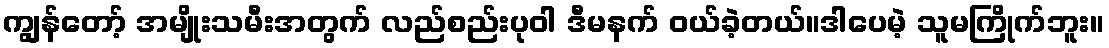
ကျွန်တော့် အမျိုးသမီးအတွက် လည်စည်းပုဝါ ဒီမနက် ဝယ်ခဲ့တယ်။ဒါပေမဲ့ သူမကြိုက်ဘူး။